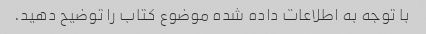
با توجه به اطلاعات داده شده موضوع کتاب را توضیح دهید.